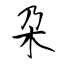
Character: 朶